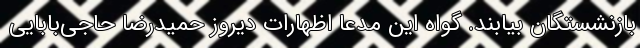
بازنشستگان بیابند. گواه این مدعا اظهارات دیروز حمیدرضا حاجی‌بابایی